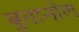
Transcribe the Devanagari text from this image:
बुतानोल